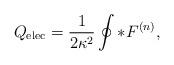
LaTeX: \begin{align*}Q_{\rm elec} = {1\over 2\kappa^2} \oint \ast F^{(n)} ,\end{align*}